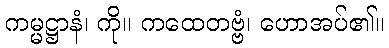
ကမ္မဋ္ဌာနံ၊ ကို။ ကထေတဗ္ဗံ၊ ဟောအပ်၏။